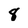
Character: 8